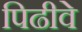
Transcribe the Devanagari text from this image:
पिढीवे